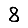
Digit: 8